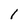
Character: 1